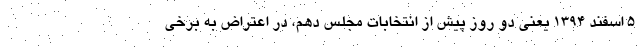
۵ اسفند ۱۳۹۴ یعنی دو روز پیش از انتخابات مجلس دهم، در اعتراض به برخی